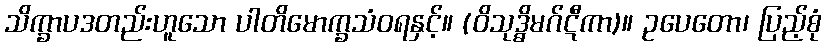
သိက္ခာပဒတည်းဟူသော ပါတိမောက္ခသံဝရနှင့်။ (ဝိသုဒ္ဓိမဂ်ဋီကာ)။ ဥပေတော၊ ပြည့်စုံ